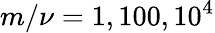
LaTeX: m/\nu=1,100,10^{4}